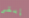
إبقى